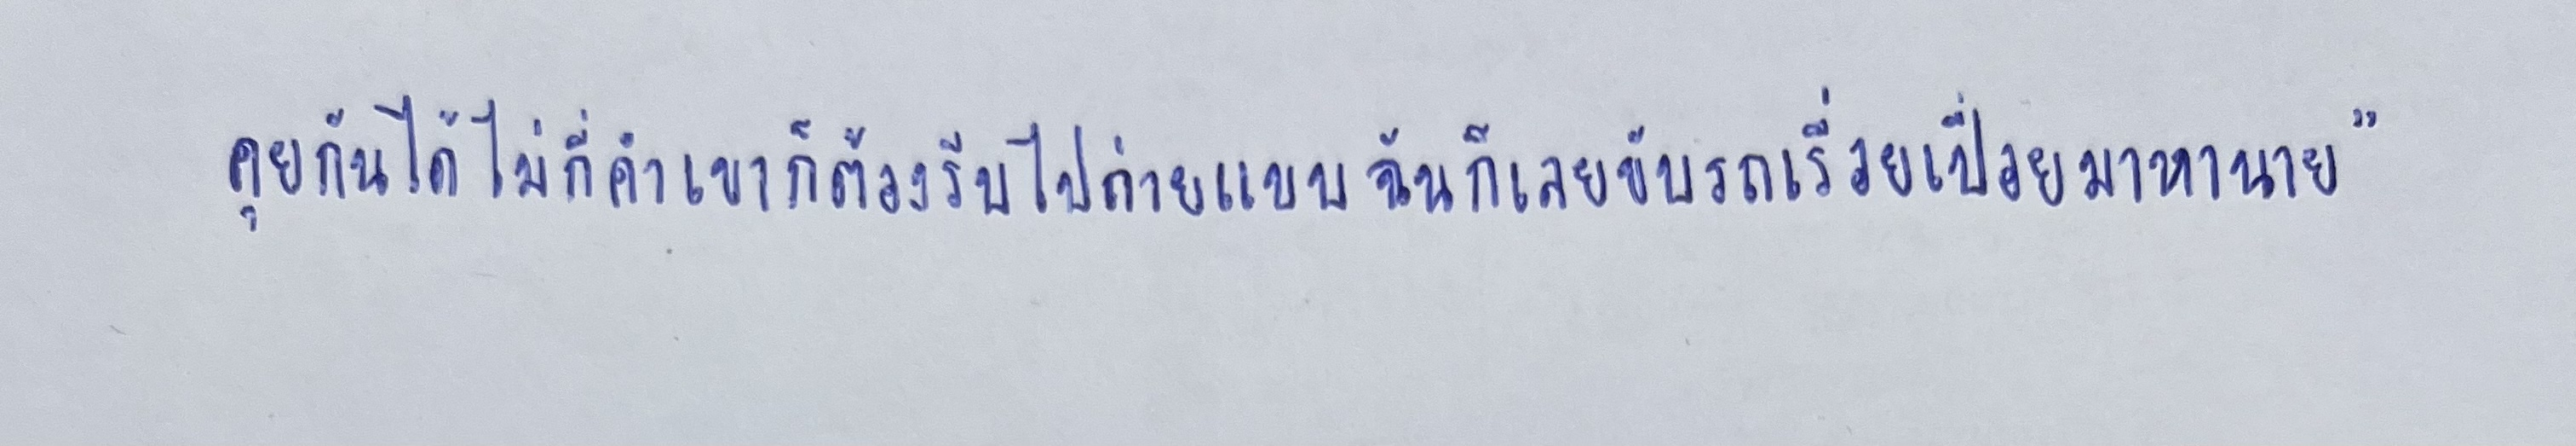
คุยกันได้ไม่กี่คำเขาก็ต้องรีบไปถ่ายแบบฉันก็เลยขับรถเรื่อยเปื่อยมาหานาย"